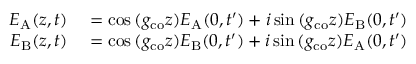
\begin{array} { r l } { E _ { \mathrm { A } } ( z , t ) } & { { } = \cos { ( g _ { \mathrm { c o } } z ) } E _ { \mathrm { A } } ( 0 , t ^ { \prime } ) + i \sin { ( g _ { \mathrm { c o } } z ) } E _ { \mathrm { B } } ( 0 , t ^ { \prime } ) } \\ { E _ { \mathrm { B } } ( z , t ) } & { { } = \cos { ( g _ { \mathrm { c o } } z ) } E _ { \mathrm { B } } ( 0 , t ^ { \prime } ) + i \sin { ( g _ { \mathrm { c o } } z ) } E _ { \mathrm { A } } ( 0 , t ^ { \prime } ) } \end{array}